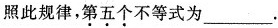
照此规律，第五个不等式为___。